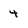
Character: 4